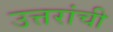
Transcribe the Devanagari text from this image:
उत्तरांची